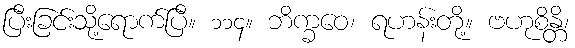
ပြီးခြင်းသို့ရောက်ပြီ။ ၁၁၄။ ဘိက္ခဝေ၊ ရဟန်းတို့။ ဗဟုစိန္တိ၊